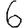
Digit: 6